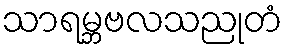
သာရမ္ဘဗလသညုတံ